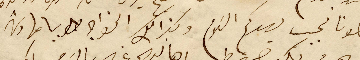
اخونا نجيب يهدكم السَلام وكذالك الخواجه طوبيا مهاوش